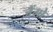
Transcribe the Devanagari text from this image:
जैंगो